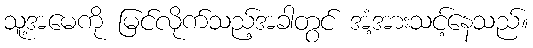
သူ့အမေကို မြင်လိုက်သည့်အခါတွင် အံ့အားသင့်နေသည်။